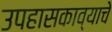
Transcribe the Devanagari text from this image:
उपहासकाव्याचे